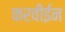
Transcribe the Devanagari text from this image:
करवीईन